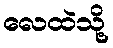
လေထဲသို့